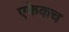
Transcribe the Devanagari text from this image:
एकेकच